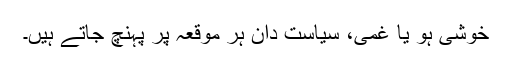
خوشی ہو یا غمی، سیاست دان ہر موقعہ پر پہنچ جاتے ہیں۔